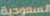
السعودية